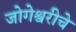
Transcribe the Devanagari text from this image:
जोगेश्वरीचे